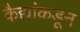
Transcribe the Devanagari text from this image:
कैद्यांकडून